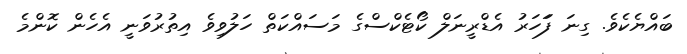
ބައްޔެކެވެ. ގިނަ ފަަހަރު އެޑްރީނަލް ކޯޓެކްސްގެ މަސައްކަތް ހަލުވިވެ އިތުރުވަނީ އެހެން ކޮންމެ